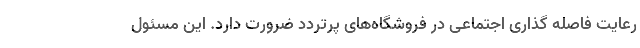
رعایت فاصله گذاری اجتماعی در فروشگاه‌های پرتردد ضرورت دارد. این مسئول